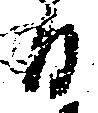
日